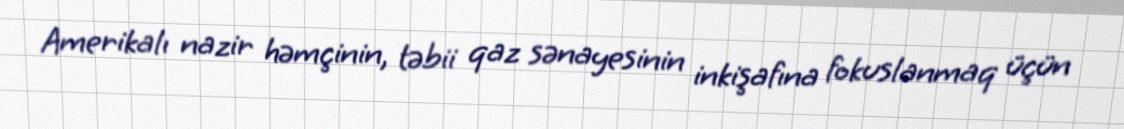
Amerikalı nazir həmçinin, təbii qaz sənayesinin inkişafına fokuslanmaq üçün